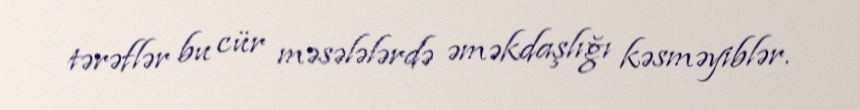
tərəflər bu cür məsələlərdə əməkdaşlığı kəsməyiblər.